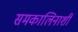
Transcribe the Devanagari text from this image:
समकालिनाशी